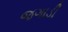
જગાડી